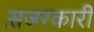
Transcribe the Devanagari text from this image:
स़जरकारी